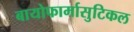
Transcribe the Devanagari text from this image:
बायोफार्मासुटिकल